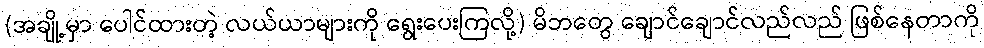
(အချို့မှာ ပေါင်ထားတဲ့ လယ်ယာများကို ရွေးပေးကြလို့) မိဘတွေ ချောင်ချောင်လည်လည် ဖြစ်နေတာကို